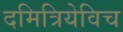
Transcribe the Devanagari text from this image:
दमित्रियेविच